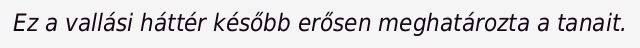
Ez a vallási háttér később erősen meghatározta a tanait.